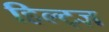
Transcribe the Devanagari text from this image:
हिल्ट्ज़